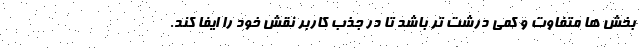
بخش ها متفاوت و کمی درشت تر باشد تا در جذب کاربر نقش خود را ایفا کند.